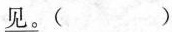
\underline{见。}( )